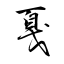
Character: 戛